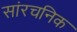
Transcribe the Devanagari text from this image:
सांरचनिक